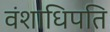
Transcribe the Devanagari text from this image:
वंशाधिपति